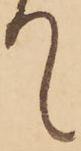
て